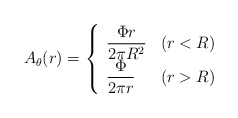
\begin{align*}A_{\theta}(r)=\left\{\begin{array}{ll}\displaystyle\frac{\Phi r}{2\pi R^2} & (r<R)\\\displaystyle\frac{\Phi}{2\pi r} & (r>R)\end{array}\right.\end{align*}